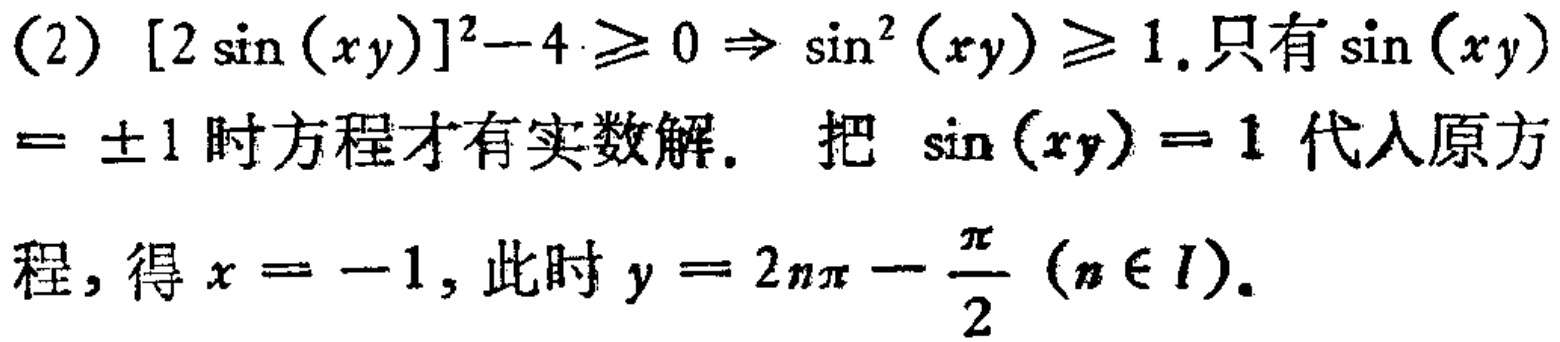
(2) \([2\sin(xy)]^{2}-4\geq0\Rightarrow \sin^{2}(xy)\geq1\). 只有\(\sin(xy)=\pm1\)时方程才有实数解. 把 \(\sin(xy)=1\) 代入原方程, 得 \(x = - 1\), 此时 \(y = 2n\pi-\frac{\pi}{2}\) \((n\in I)\).